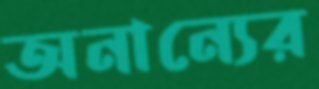
অনান্যের